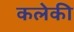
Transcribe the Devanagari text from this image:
कलेकी